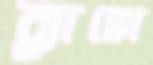
ব্ল্যাঙ্কো